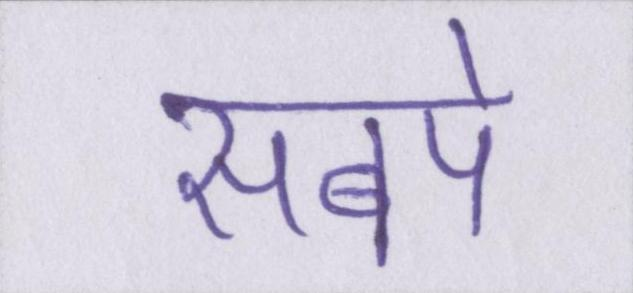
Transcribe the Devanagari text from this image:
सबपे